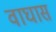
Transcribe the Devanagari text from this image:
वाघास